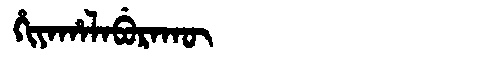
Manchu: ᡥᡳᠶᠠᡥᠠᠯᠠᠪᡠᡵᠠᡴᡡ
Romanization: HIYAHALABURAKŪ